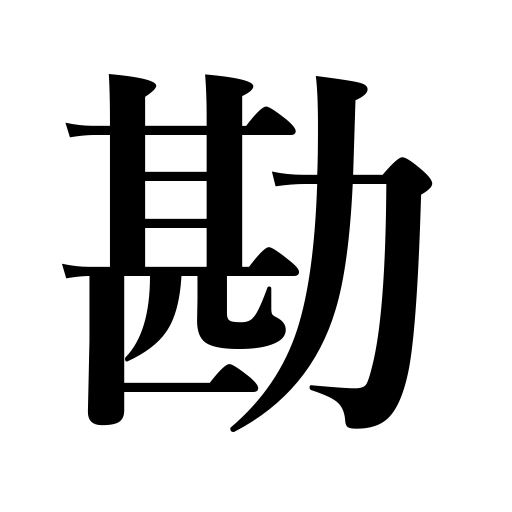
Meanings: intuition,the sixth sense,perception